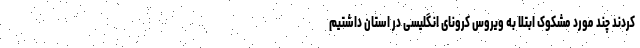
کردند چند مورد مشکوک ابتلا به ویروس کرونای انگلیسی در استان داشتیم